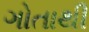
ગોતાથી